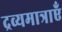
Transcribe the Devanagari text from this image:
द्रव्यमात्राएँ